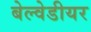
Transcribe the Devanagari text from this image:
बेल्वेडीयर